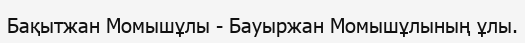
Бақытжан Момышұлы - Бауыржан Момышұлының ұлы.